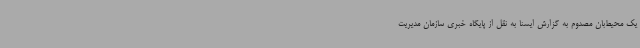
یک محیط‌بان مصدوم به گزارش ایسنا به نقل از پایگاه خبری سازمان مدیریت